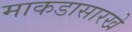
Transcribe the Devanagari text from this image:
माकडासारखे